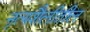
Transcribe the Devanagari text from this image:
नृत्यशैलीतील